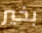
بخير